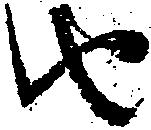
由